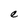
Character: e